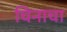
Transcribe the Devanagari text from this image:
चिनाचा